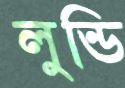
লুন্ডি